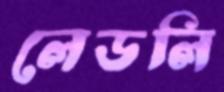
লেডলি